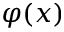
\varphi ( x )